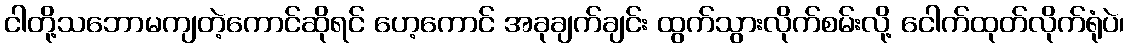
ငါတို့သဘောမကျတဲ့ကောင်ဆိုရင် ဟေ့ကောင် အခုချက်ချင်း ထွက်သွားလိုက်စမ်းလို့ ငေါက်ထုတ်လိုက်ရုံပဲ၊